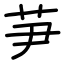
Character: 芛